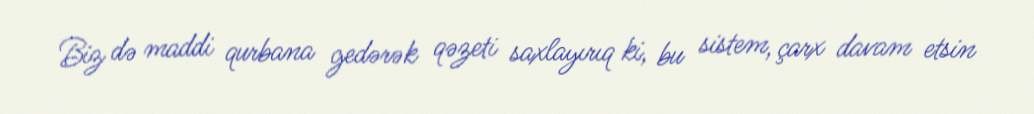
Biz də maddi qurbana gedərək qəzeti saxlayırıq ki, bu sistem, çarx davam etsin